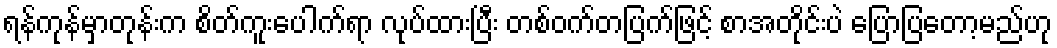
ရန်ကုန်မှာတုန်းက စိတ်ကူးပေါက်ရာ လုပ်ထားပြီး တစ်ဝက်တပြက်ဖြင့် စာအတိုင်းပဲ ပြောပြတော့မည်ဟု